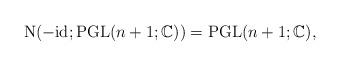
LaTeX: \begin{align*}\mathrm{N}(-\mathrm{id};\mathrm{PGL}(n+1;\mathbb{C}))=\mathrm{PGL}(n+1;\mathbb{C}), \end{align*}